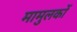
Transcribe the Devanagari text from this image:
मामुलकों